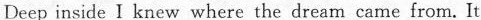
Deep insia I knew where the dream came from. It